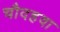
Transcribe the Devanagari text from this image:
चौदहवा